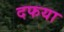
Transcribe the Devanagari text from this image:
दफया